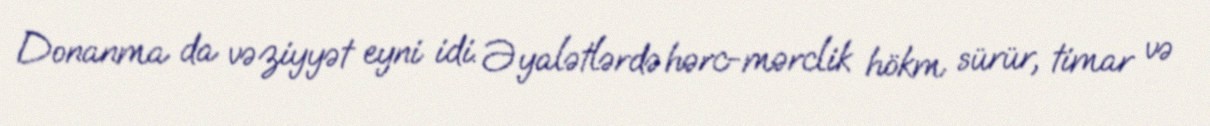
Donanma da vəziyyət eyni idi. Əyalətlərdə hərc-mərclik hökm sürür, timar və